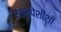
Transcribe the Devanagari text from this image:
रक्तपेशींशी